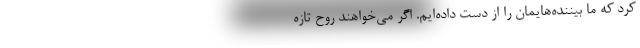
کرد که ما بیننده‌هایمان را از دست داده‌ایم. اگر می‌خواهند روح تازه